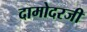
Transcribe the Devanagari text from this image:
दामोदरजी